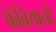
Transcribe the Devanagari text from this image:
फॅबियानो